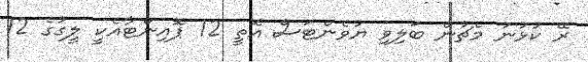
ރޭ ކުޅުނު މެޗުން ބަލިވި ޔުވެންޓަސް އޮތީ 12 ޕޮއިންޓާއެކީ ލީގުގެ 12